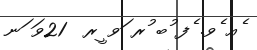
ެއ ެވ. ެފ ުބ ުރ ަވ ީރ  21ވަ ަނ